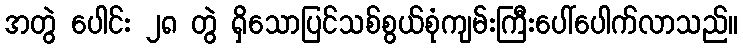
အတွဲ ပေါင်း ၂၈ တွဲ ရှိသောပြင်သစ်စွယ်စုံကျမ်းကြီးပေါ်ပေါက်လာသည်။